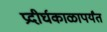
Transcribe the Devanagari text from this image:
प्रदीर्घकाळापर्यंत